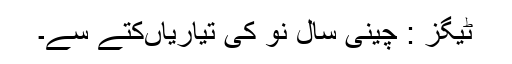
ٹیگز : چینی سال نو کی تیاریاںکتے سے۔